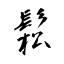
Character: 鬆